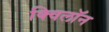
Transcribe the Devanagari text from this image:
क्विलॉन